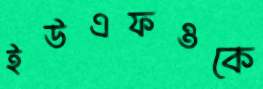
ইউএফওকে